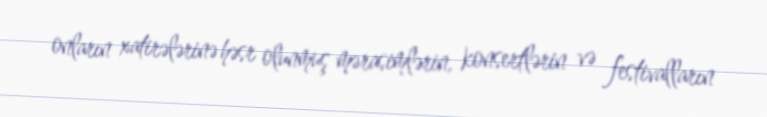
onların xatirələrinə həsr olunmuş mərasimlərin, konsertlərin və festivalların